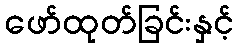
ဖော်ထုတ်ခြင်းနှင့်